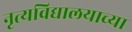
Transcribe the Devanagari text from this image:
नृत्यविद्यालयाच्या